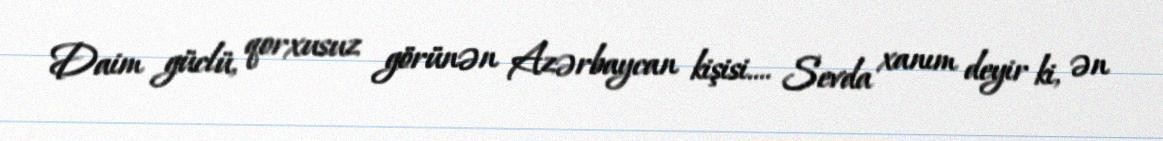
Daim güclü, qorxusuz görünən Azərbaycan kişisi.... Sevda xanım deyir ki, ən